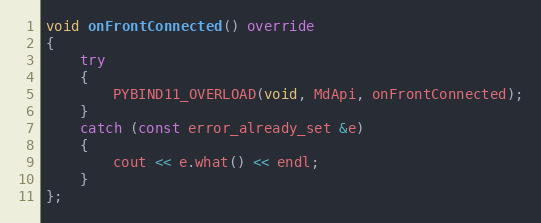
Language: C++
void onFrontConnected() override
{
	try
	{
		PYBIND11_OVERLOAD(void, MdApi, onFrontConnected);
	}
	catch (const error_already_set &e)
	{
		cout << e.what() << endl;
	}
};